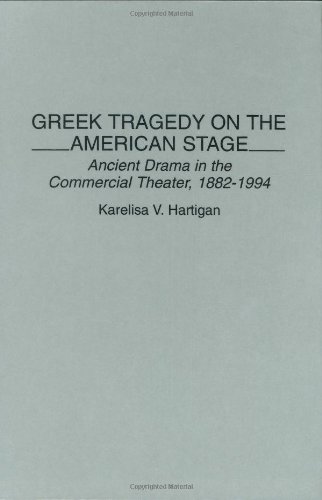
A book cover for Greek Tragedy on the American Stage: Ancient Drama in the Commercial Theater, 1882-1994 (Contributions in Drama and Theatre Studies); Karelisa Hartigan; Literature & Fiction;